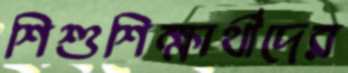
শিশুশিক্ষার্থীদের